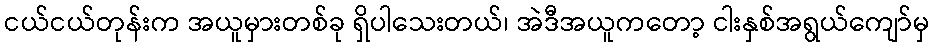
ငယ်ငယ်တုန်းက အယူမှားတစ်ခု ရှိပါသေးတယ်၊ အဲဒီအယူကတော့ ငါးနှစ်အရွယ်ကျော်မှ